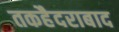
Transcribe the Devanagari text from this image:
तकहैदराबाद